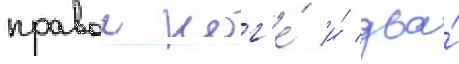
правои ног'е́ и́ два́